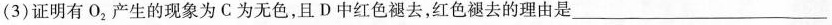
(3)证明有O_{2}产生的现象为C为无色，且D中红色褪去，红色褪去的理由是___